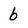
Character: b